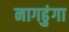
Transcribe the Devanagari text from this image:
नागढुंगा